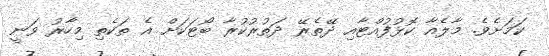
ކަމަށެވެ. މާލެއާ ކޮޅުފުއްޓާއި ދޭތެރޭ ދަތުރުކުރާ ބޯޓަކަށް އެ ތަކެތި މިހާރު ވަނީ